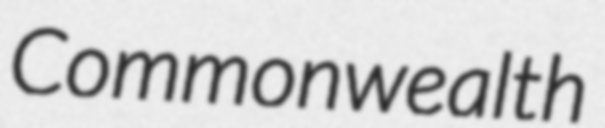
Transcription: Commonwealth